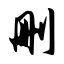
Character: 删